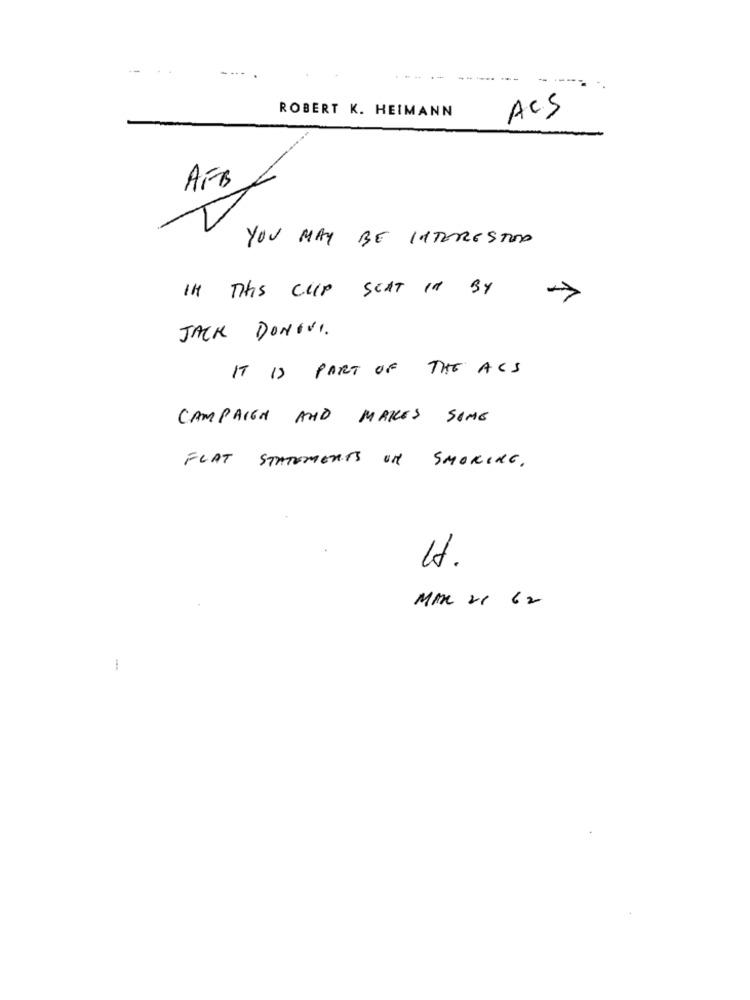
..
ROBERT K. HEIMANN
ACS
AFB
YOU MAY BE INTERESTED
IH This CLIP SCAT in By
->
JACK DONIVI.
IT IS PART OF THE ACS
CAMPAIGN AND MAKES SOME
FLAT STATEMENTS ON SMOKING.
H.
MAR 21 62
1